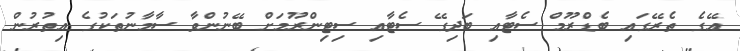
އޭގެ ތެރޭގައި ބެޑްރޫމް ސެޓާއި ބަދިގޭ ސެޓާއި ސިޓިންރޫމަށް ބޭނުންވާ ސާމާނުތަކުގެ އިތުރުން